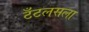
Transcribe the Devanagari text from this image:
टँटलसला